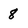
Character: 8